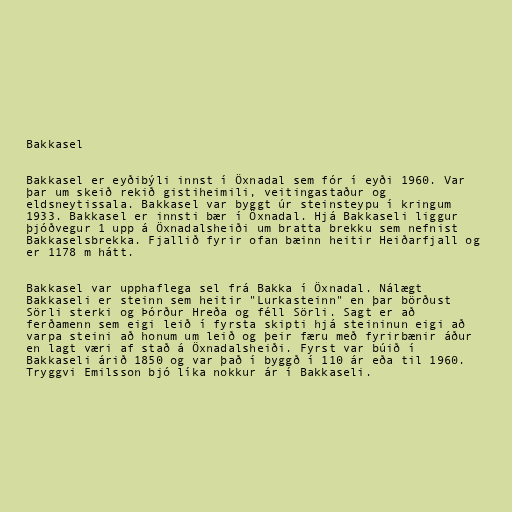
Bakkasel

Bakkasel er eyðibýli innst í Öxnadal sem fór í eyði 1960. Var
þar um skeið rekið gistiheimili, veitingastaður og
eldsneytissala. Bakkasel var byggt úr steinsteypu í kringum
1933. Bakkasel er innsti bær í Öxnadal. Hjá Bakkaseli liggur
þjóðvegur 1 upp á Öxnadalsheiði um bratta brekku sem nefnist
Bakkaselsbrekka. Fjallið fyrir ofan bæinn heitir Heiðarfjall og
er 1178 m hátt.

Bakkasel var upphaflega sel frá Bakka í Öxnadal. Nálægt
Bakkaseli er steinn sem heitir "Lurkasteinn" en þar börðust
Sörli sterki og Þórður Hreða og féll Sörli. Sagt er að
ferðamenn sem eigi leið í fyrsta skipti hjá steininun eigi að
varpa steini að honum um leið og þeir færu með fyrirbænir áður
en lagt væri af stað á Öxnadalsheiði. Fyrst var búið í
Bakkaseli árið 1850 og var það í byggð í 110 ár eða til 1960.
Tryggvi Emilsson bjó líka nokkur ár í Bakkaseli.